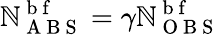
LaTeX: \mathbb{N}_{\mathrm{{~A~B~S~}}}^{\mathrm{{~b~f~}}}=\gamma\mathbb{N}_{\mathrm{{~O~B~S~}}}^{\mathrm{{~b~f~}}}